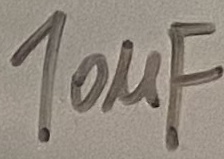
Text: 10µF